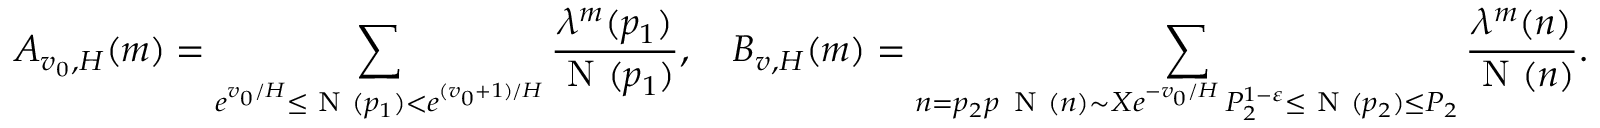
A _ { v _ { 0 } , H } ( m ) = \sum _ { e ^ { v _ { 0 } / H } \le \textnormal { N } ( p _ { 1 } ) < e ^ { ( v _ { 0 } + 1 ) / H } } \frac { \lambda ^ { m } ( p _ { 1 } ) } { \textnormal { N } ( p _ { 1 } ) } , \quad B _ { v , H } ( m ) = \sum _ { \substack { n = p _ { 2 } p \, \textnormal { N } ( n ) \sim X e ^ { - v _ { 0 } / H } \, P _ { 2 } ^ { 1 - \varepsilon } \le \textnormal { N } ( p _ { 2 } ) \le P _ { 2 } } } \frac { \lambda ^ { m } ( n ) } { \textnormal { N } ( n ) } .